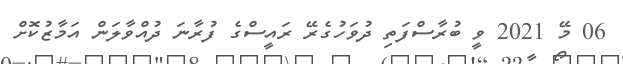
06 މޭ 2021 ވީ ބުރާސްފަތި ދުވަހުގެރޭ ރައީސްގެ ފުރާނަ ދުއްވާލަން އަމާޒުކޮށް